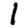
Digit: 1